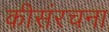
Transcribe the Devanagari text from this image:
कीसंरचना